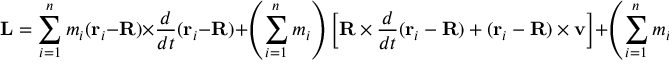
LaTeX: \mathbf { L } = \sum _ { i = 1 } ^ { n } m _ { i } ( \mathbf { r } _ { i } - \mathbf { R } ) \times { \frac { d } { d t } } ( \mathbf { r } _ { i } - \mathbf { R } ) + \left( \sum _ { i = 1 } ^ { n } m _ { i } \right) \left[ \mathbf { R } \times { \frac { d } { d t } } ( \mathbf { r } _ { i } - \mathbf { R } ) + ( \mathbf { r } _ { i } - \mathbf { R } ) \times \mathbf { v } \right] + \left( \sum _ { i = 1 } ^ { n } m _ { i } \right) \mathbf { R } \times \mathbf { v }